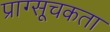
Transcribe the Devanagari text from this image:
प्राग्सूचकता